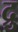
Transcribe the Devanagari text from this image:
द्रु